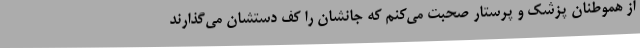
از هموطنان پزشک و پرستار صحبت می‌کنم که جانشان را کف دستشان می‌گذارند